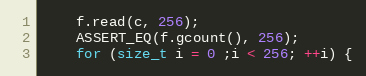
Language: C++
    f.read(c, 256);
    ASSERT_EQ(f.gcount(), 256);
    for (size_t i = 0 ;i < 256; ++i) {